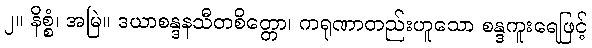
၂။ နိစ္စံ၊ အမြဲ။ ဒယာစန္ဒနသီတစိတ္တော၊ ကရုဏာတည်းဟူသော စန္ဒကူးရေဖြင့်